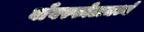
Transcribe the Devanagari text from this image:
बाँबस्फोटामध्ये